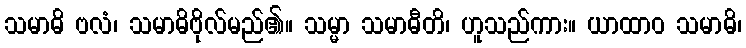
သမာဓိ ဗလံ၊ သမာဓိဗိုလ်မည်၏။ သမ္မာ သမာဓီတိ၊ ဟူသည်ကား။ ယာထာဝ သမာဓိ၊